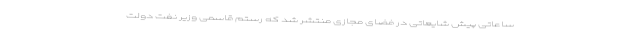
ساعاتی پیش شایعاتی در فضای مجازی منتشر شد که رستم قاسمی وزیر نفت دولت